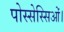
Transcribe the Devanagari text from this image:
पोस्सेस्सिओं।